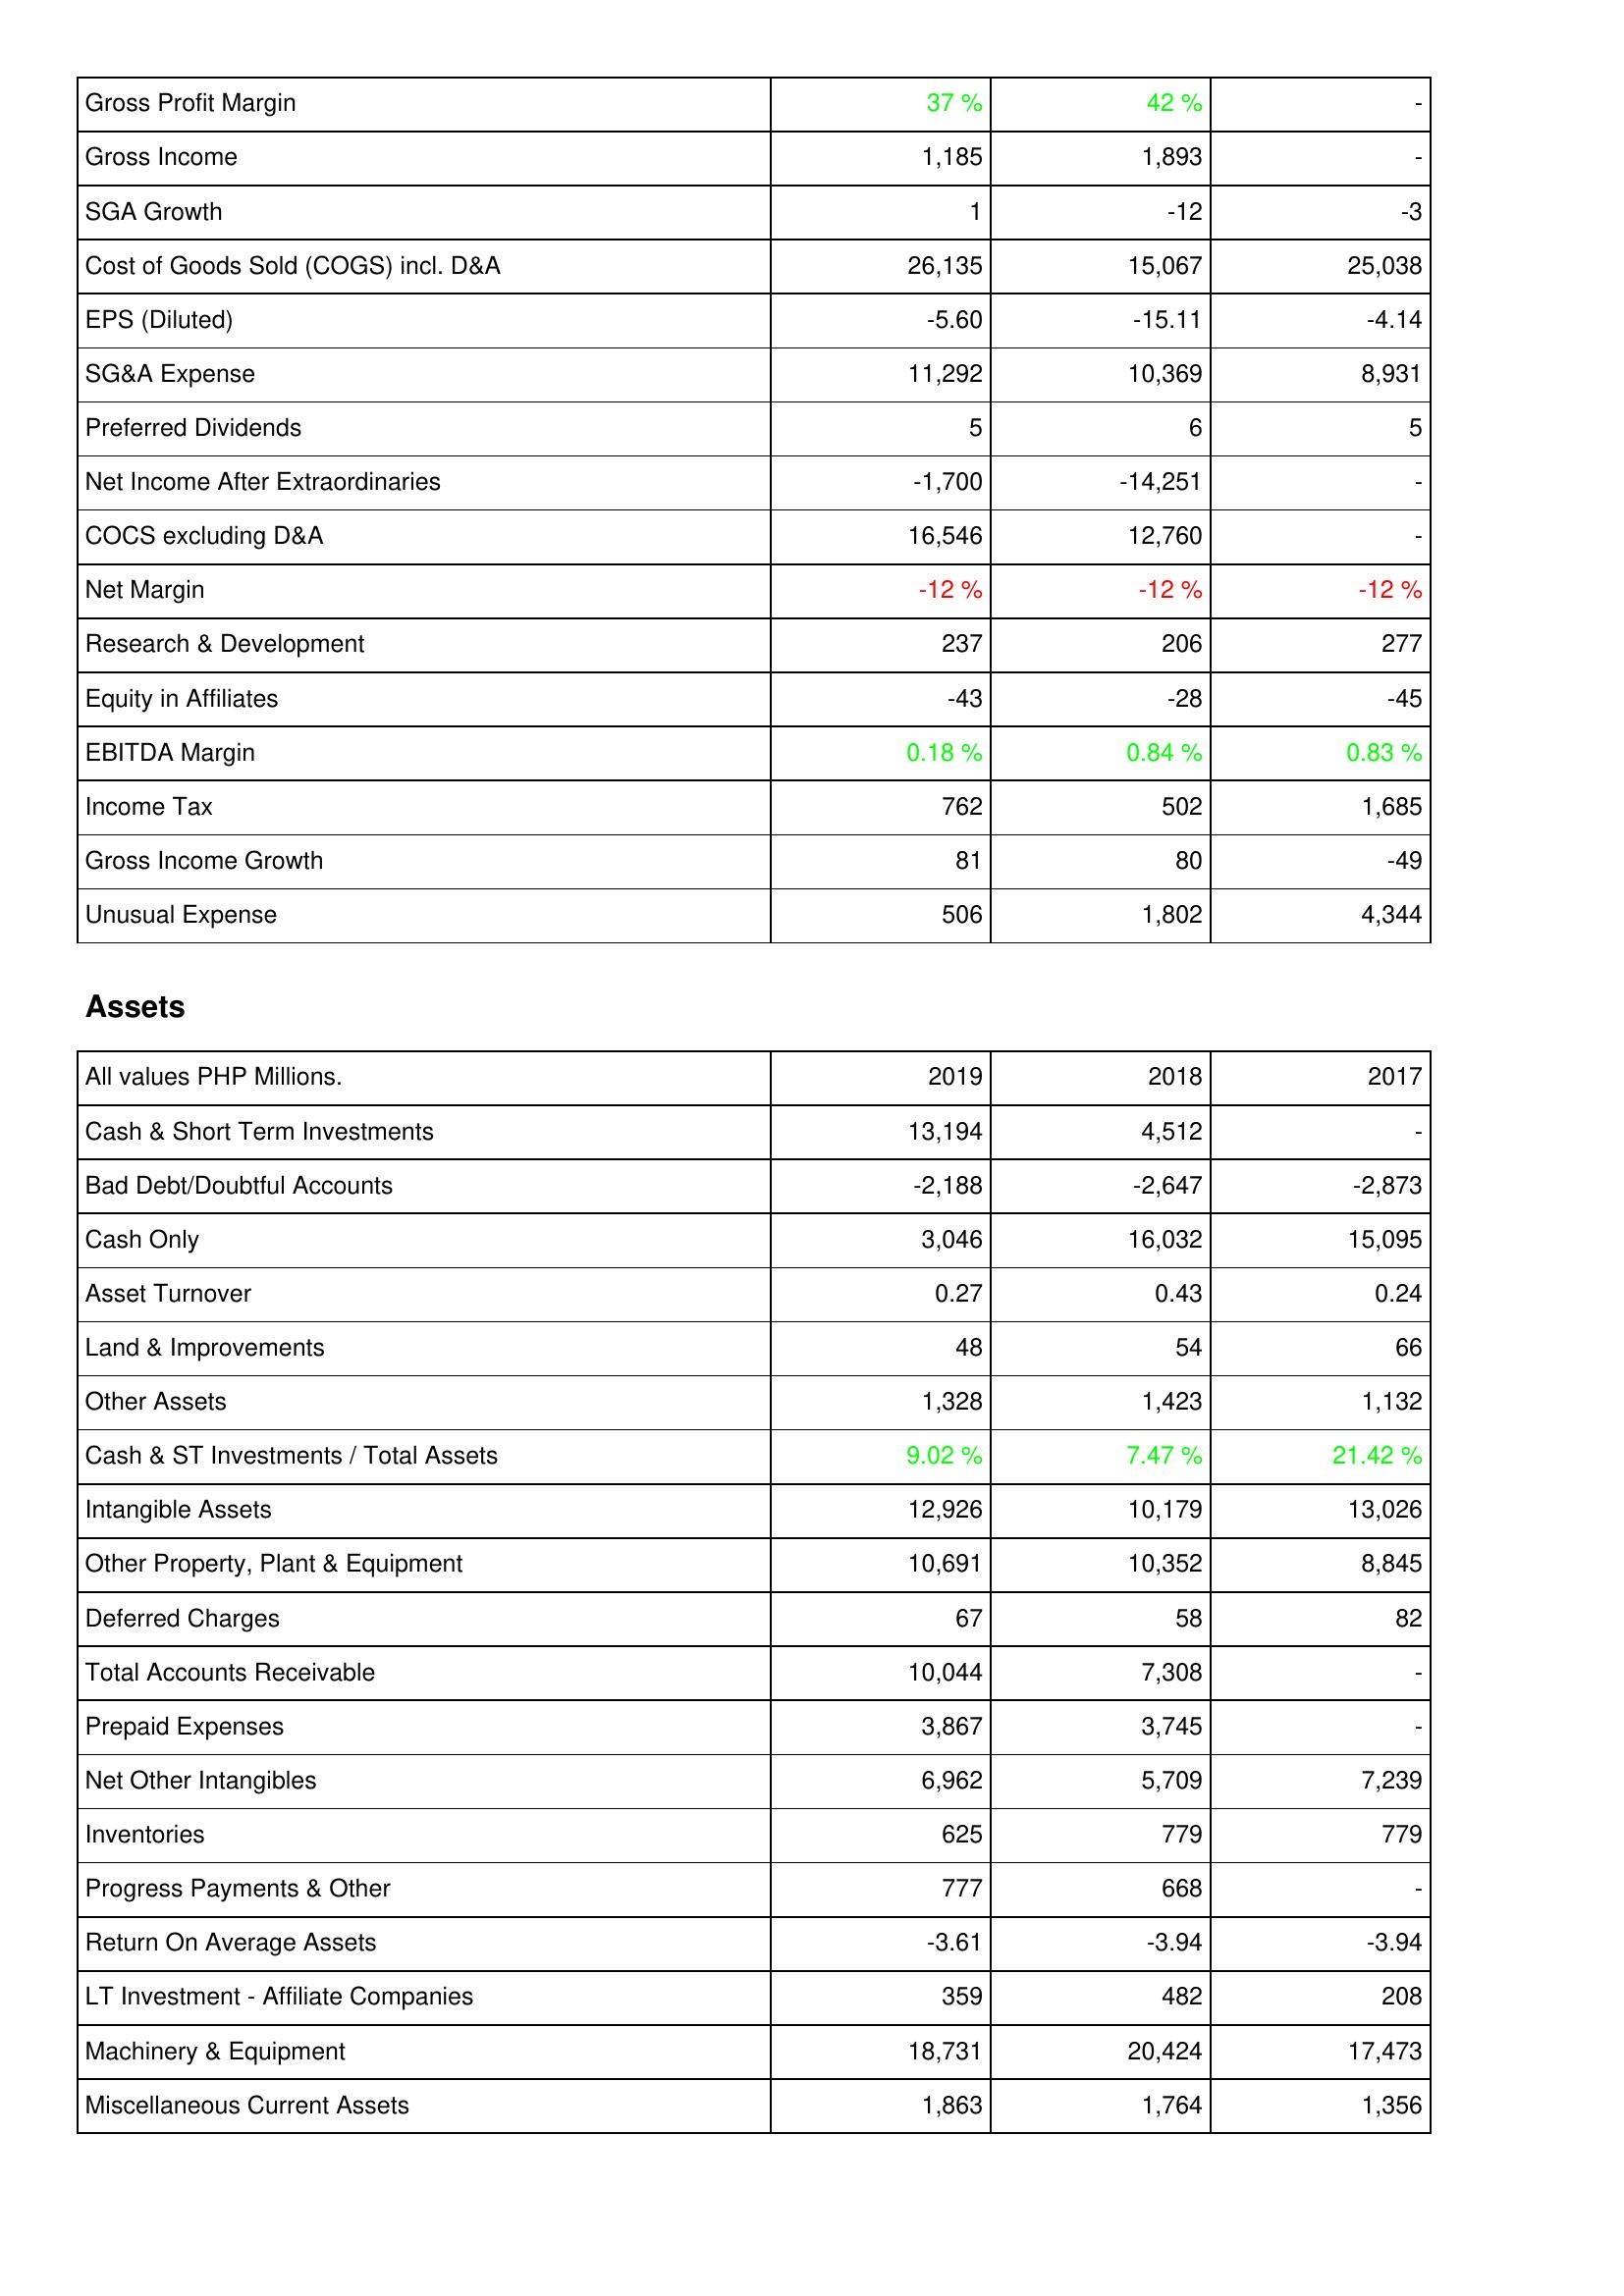
2019: Income Statement: Gross Profit Margin: 37 %
Gross Income: 1,185
SGA Growth: 1
Cost of Goods Sold (COGS) incl. D&A: 26,135
EPS (Diluted): -5.60
SG&A Expense: 11,292
Preferred Dividends: 5
Net Income After Extraordinaries: -1,700
COCS excluding D&A: 16,546
Net Margin: -12 %
Research & Development: 237
Equity in Affiliates: -43
EBITDA Margin: 0.18 %
Income Tax: 762
Gross Income Growth: 81
Unusual Expense: 506
Assets: Cash & Short Term Investments: 13,194
Bad Debt/Doubtful Accounts: -2,188
Cash Only: 3,046
Asset Turnover: 0.27
Land & Improvements: 48
Other Assets: 1,328
Cash & ST Investments / Total Assets: 9.02 %
Intangible Assets: 12,926
Other Property, Plant & Equipment: 10,691
Deferred Charges: 67
Total Accounts Receivable: 10,044
Prepaid Expenses: 3,867
Net Other Intangibles: 6,962
Inventories: 625
Progress Payments & Other: 777
Return On Average Assets: -3.61
LT Investment - Affiliate Companies: 359
Machinery & Equipment: 18,731
Miscellaneous Current Assets: 1,863
2018: Income Statement: Gross Profit Margin: 42 %
Gross Income: 1,893
SGA Growth: -12
Cost of Goods Sold (COGS) incl. D&A: 15,067
EPS (Diluted): -15.11
SG&A Expense: 10,369
Preferred Dividends: 6
Net Income After Extraordinaries: -14,251
COCS excluding D&A: 12,760
Net Margin: -12 %
Research & Development: 206
Equity in Affiliates: -28
EBITDA Margin: 0.84 %
Income Tax: 502
Gross Income Growth: 80
Unusual Expense: 1,802
Assets: Cash & Short Term Investments: 4,512
Bad Debt/Doubtful Accounts: -2,647
Cash Only: 16,032
Asset Turnover: 0.43
Land & Improvements: 54
Other Assets: 1,423
Cash & ST Investments / Total Assets: 7.47 %
Intangible Assets: 10,179
Other Property, Plant & Equipment: 10,352
Deferred Charges: 58
Total Accounts Receivable: 7,308
Prepaid Expenses: 3,745
Net Other Intangibles: 5,709
Inventories: 779
Progress Payments & Other: 668
Return On Average Assets: -3.94
LT Investment - Affiliate Companies: 482
Machinery & Equipment: 20,424
Miscellaneous Current Assets: 1,764
2017: Income Statement: Gross Profit Margin: -
Gross Income: -
SGA Growth: -3
Cost of Goods Sold (COGS) incl. D&A: 25,038
EPS (Diluted): -4.14
SG&A Expense: 8,931
Preferred Dividends: 5
Net Income After Extraordinaries: -
COCS excluding D&A: -
Net Margin: -12 %
Research & Development: 277
Equity in Affiliates: -45
EBITDA Margin: 0.83 %
Income Tax: 1,685
Gross Income Growth: -49
Unusual Expense: 4,344
Assets: Cash & Short Term Investments: -
Bad Debt/Doubtful Accounts: -2,873
Cash Only: 15,095
Asset Turnover: 0.24
Land & Improvements: 66
Other Assets: 1,132
Cash & ST Investments / Total Assets: 21.42 %
Intangible Assets: 13,026
Other Property, Plant & Equipment: 8,845
Deferred Charges: 82
Total Accounts Receivable: -
Prepaid Expenses: -
Net Other Intangibles: 7,239
Inventories: 779
Progress Payments & Other: -
Return On Average Assets: -3.94
LT Investment - Affiliate Companies: 208
Machinery & Equipment: 17,473
Miscellaneous Current Assets: 1,356